Vabadussoja_Ajaloo_Komitee, lk 199
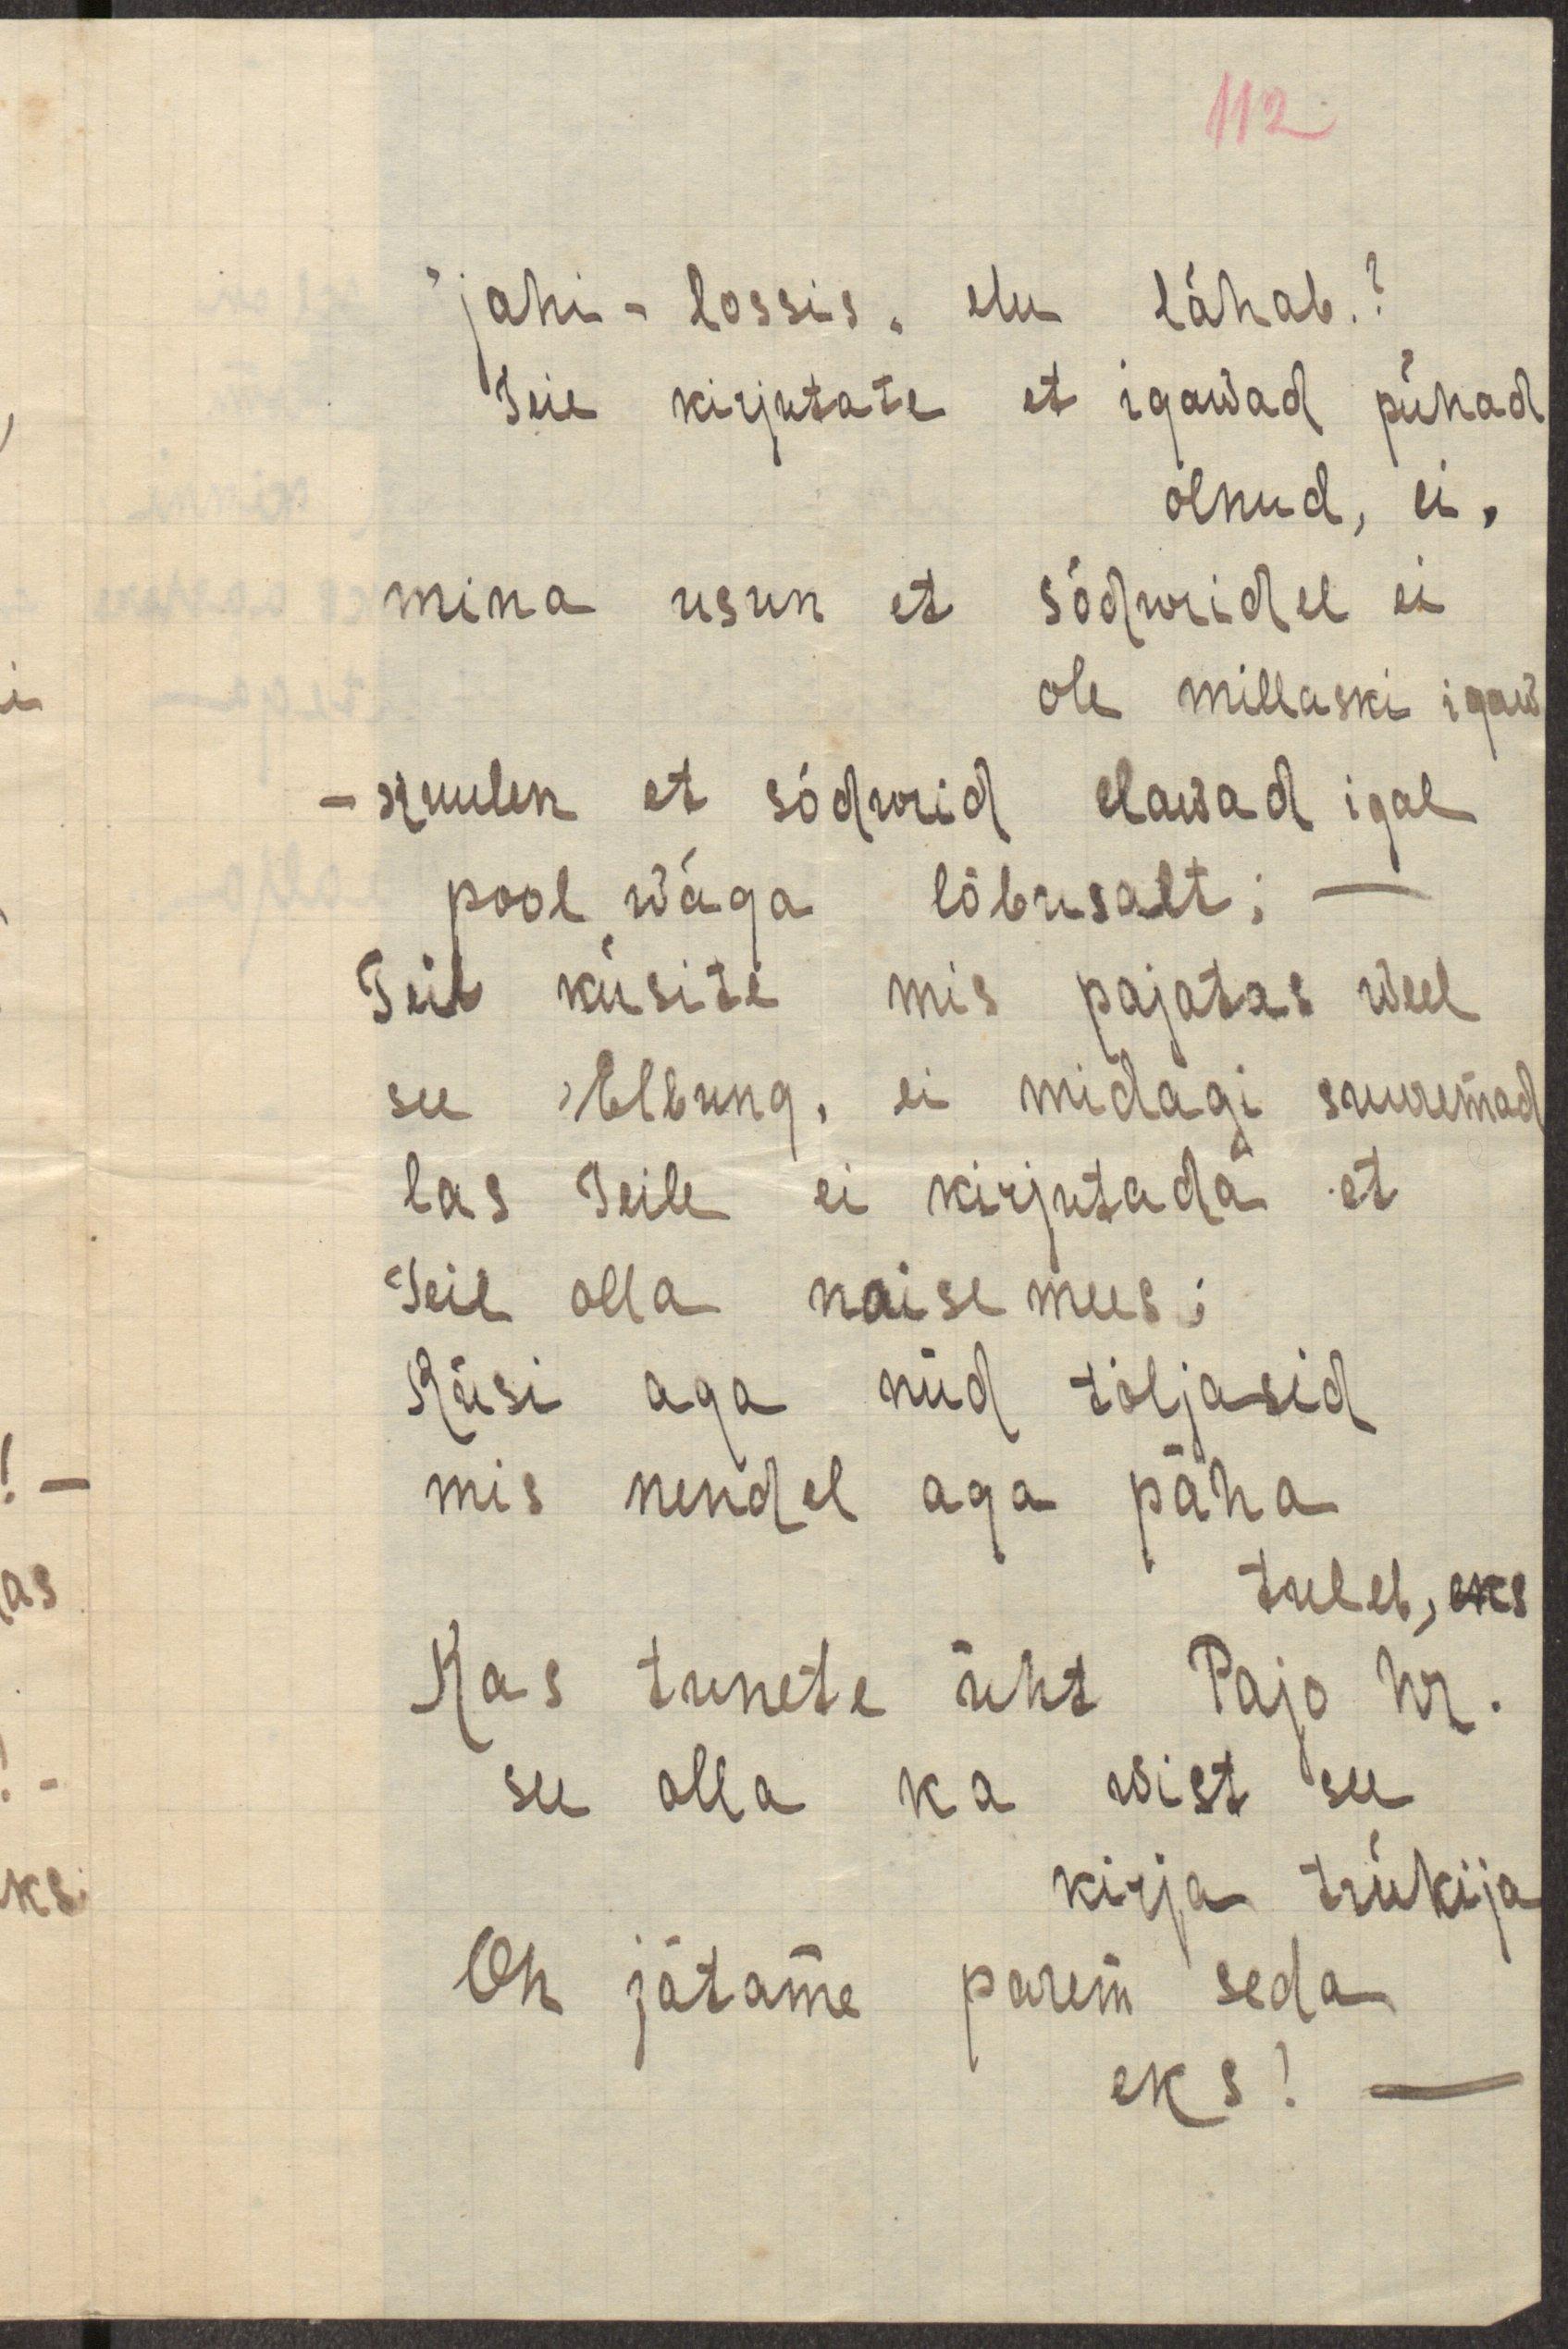
112

"jahi-lossis" elu lähab.?
Teie kirjutate et igawad pühad
olnud, ei,
mina usun et sõduridel ei
ole millaski igaw
- kuulen et sõdurid elawad igal
pool wäga lõbusalt; -
Teie küsite mis pajatas weel
see "Elbung", ei midagi suuremad
las Teile ei kirjutada et
Teie olla naise mees;
Küsi aga nüd töljasid
mis nendel aga päha
tuleb, eks
Kas tunete üht Pajo hr.
see olla ka wist see
kirja trükija
Oh jätame parem seda
eks! -